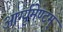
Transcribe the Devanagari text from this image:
आर्ग्युमेण्टम्